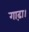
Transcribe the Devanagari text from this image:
गाढ़ा।